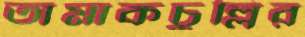
তামাকচুল্লির